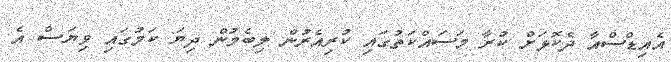
އެއިޑްސްއާ ދެކޮޅަށް ކުރާ މަސައްކަތުގައި ކުރިއެރުން ލިބެމުން ދިޔަ ކަމުގައި ވިޔަސް އެ